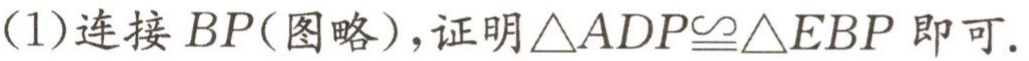
(1)连接 \(BP\)(图略)，证明\(\triangle ADP\cong\triangle EBP\) 即可.